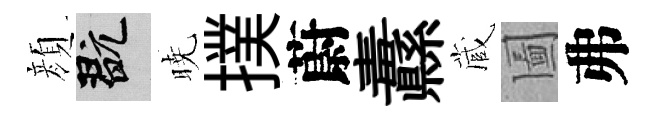
顔玩暁撲蔚纛蔵圗弗